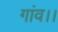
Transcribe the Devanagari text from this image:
गांव।।